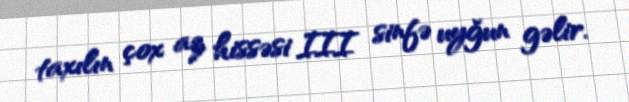
taxılın çox az hissəsi III sinfə uyğun gəlir.